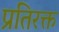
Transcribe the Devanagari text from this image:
प्रतिरक्त